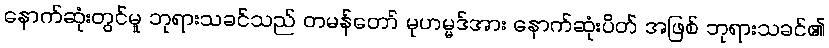
နောက်ဆုံးတွင်မူ ဘုရားသခင်သည် တမန်တော် မုဟမ္မဒ်အား နောက်ဆုံးပိတ် အဖြစ် ဘုရားသခင်၏